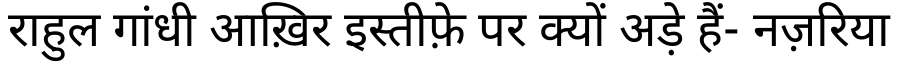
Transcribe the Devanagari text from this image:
राहुल गांधी आख़िर इस्तीफ़े पर क्यों अड़े हैं- नज़रिया